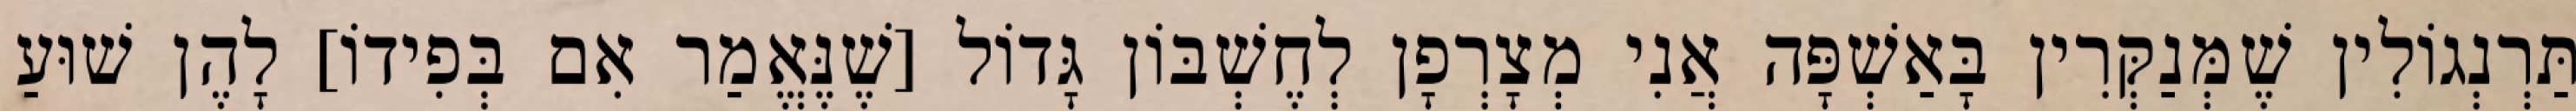
תַּרְנְגוֹלִין שֶׁמְּנַקְּרִין בָּאַשְׁפָּה אֲנִי מְצָרְפָן לְחֶשְׁבּוֹן גָּדוֹל [שֶׁנֶּאֱמַר אִם בְּפִידוֹ] לָהֶן שׁוּעַ